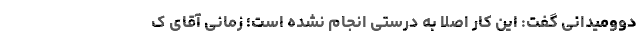
دوومیدانی گفت: این کار اصلا به درستی انجام نشده است؛ زمانی آقای ک